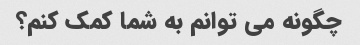
چگونه می توانم به شما کمک کنم؟